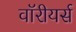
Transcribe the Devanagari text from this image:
वॉरीयर्स